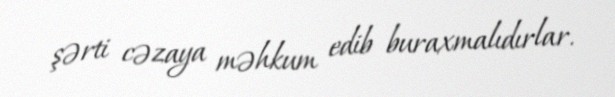
şərti cəzaya məhkum edib buraxmalıdırlar.